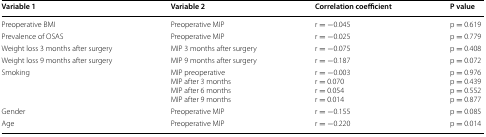
<table><thead><tr><td><b>Variable 1</b></td><td><b>Variable 2</b></td><td><b>Correlation coefficient</b></td><td><b>P value</b></td></tr></thead><tbody><tr><td>Preoperative BMI</td><td>Preoperative MIP</td><td>r = −0.045</td><td>p = 0.619</td></tr><tr><td>Prevalence of OSAS</td><td>Preoperative MIP</td><td>r = −0.025</td><td>p = 0.779</td></tr><tr><td>Weight loss 3 months after surgery</td><td>MIP 3 months after surgery</td><td>r = −0.075</td><td>p = 0.408</td></tr><tr><td>Weight loss 9 months after surgery</td><td>MIP 9 months after surgery</td><td>r = −0.187</td><td>p = 0.072</td></tr><tr><td>Smoking</td><td>MIP preoperativeMIP after 3 monthsMIP after 6 monthsMIP after 9 months</td><td>r = −0.003r = 0.070r = 0.054r = 0.014</td><td>p = 0.976p = 0.439p = 0.552p = 0.877</td></tr><tr><td>Gender</td><td>Preoperative MIP</td><td>r = −0.155</td><td>p = 0.085</td></tr><tr><td>Age</td><td>Preoperative MIP</td><td>r = −0.220</td><td>p = 0.014</td></tr></tbody></table>